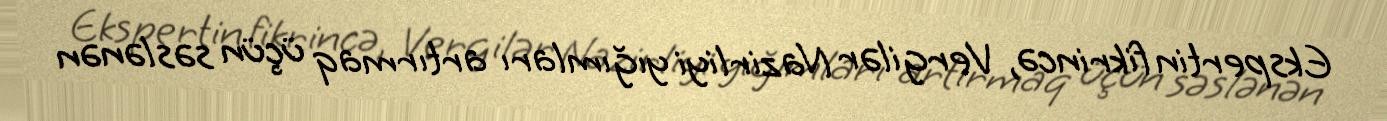
Ekspertin fikrincə, Vergilər Nazirliyi yığımları artırmaq üçün səslənən